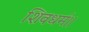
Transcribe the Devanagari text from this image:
शिवधर्म।।